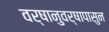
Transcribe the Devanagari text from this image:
वर्षानुवर्षापासुन